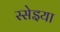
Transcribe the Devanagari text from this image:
स्सेइया